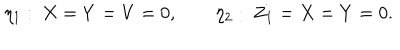
\eta _ { 1 } : \ X = Y = V = 0 , \qquad \eta _ { 2 } : \ Z _ { 1 } = X = Y = 0 .